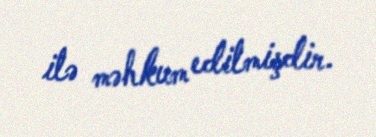
ilə məhkum edilmişdir.